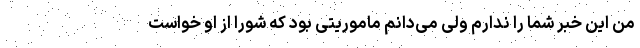
من این خبر شما را ندارم ولی می‌دانم ماموریتی بود که شورا از او خواست